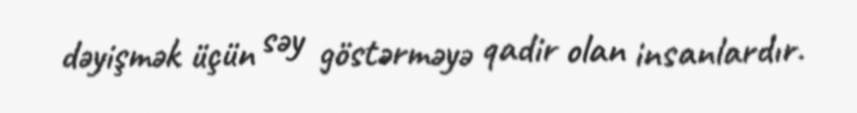
dəyişmək üçün səy göstərməyə qadir olan insanlardır.